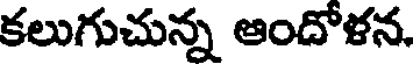
కలుగుచున్న ఆందోళన.